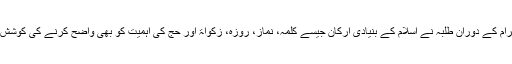
پروگرام کے دوران طلبہ نے اسلام کے بنیادی ارکان جیسے کلمہ، نماز، روزہ، زکواۃ اور حج کی اہمیت کو بھی واضح کرنے کی کوشش کی ۔